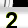
Digit: 2